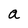
Character: a